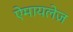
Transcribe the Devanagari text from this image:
ऐमायलेज़